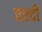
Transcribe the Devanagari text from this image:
वरदी